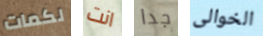
لكمات انت جدا الخوالى